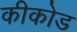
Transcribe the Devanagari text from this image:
कीकोड